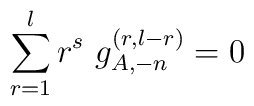
\sum_{r=1}^{l} r^s~ g^{(r,l-r)}_{A,-n} = 0